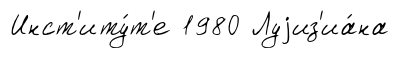
Инст'иту́т'е 1980 Луjиз'иа́на